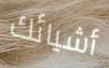
أشيائك